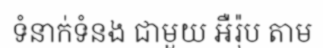
ទំនាក់ទំនង ជាមួយ អឺរ៉ុប តាម